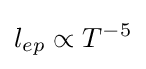
l_{ep}\propto T^{-5}